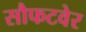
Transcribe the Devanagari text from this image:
सौफटवेर